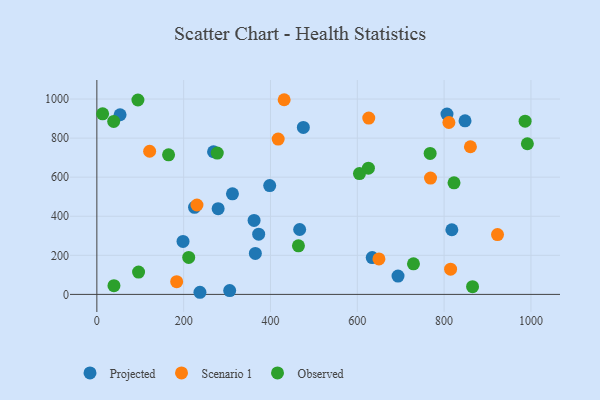
{"axis": {"x": "Study Hours", "y": "Sales"}, "legend": ["Observed", "Projected", "Scenario 1"], "data": [{"x": "237.5", "y": 10.9, "type": "Projected"}, {"x": "817.8", "y": 331.0, "type": "Projected"}, {"x": "372.8", "y": 308.3, "type": "Projected"}, {"x": "848.2", "y": 888.5, "type": "Projected"}, {"x": "198.5", "y": 271.0, "type": "Projected"}, {"x": "306.0", "y": 19.4, "type": "Projected"}, {"x": "225.0", "y": 445.5, "type": "Projected"}, {"x": "693.8", "y": 93.6, "type": "Projected"}, {"x": "806.6", "y": 922.8, "type": "Projected"}, {"x": "279.4", "y": 439.0, "type": "Projected"}, {"x": "634.4", "y": 188.7, "type": "Projected"}, {"x": "268.8", "y": 730.1, "type": "Projected"}, {"x": "53.5", "y": 919.5, "type": "Projected"}, {"x": "475.7", "y": 854.8, "type": "Projected"}, {"x": "362.2", "y": 378.5, "type": "Projected"}, {"x": "467.2", "y": 332.1, "type": "Projected"}, {"x": "398.2", "y": 557.0, "type": "Projected"}, {"x": "312.4", "y": 514.6, "type": "Projected"}, {"x": "365.1", "y": 209.6, "type": "Projected"}, {"x": "431.5", "y": 996.4, "type": "Scenario 1"}, {"x": "417.7", "y": 795.2, "type": "Scenario 1"}, {"x": "230.6", "y": 457.5, "type": "Scenario 1"}, {"x": "923.0", "y": 306.0, "type": "Scenario 1"}, {"x": "183.9", "y": 65.2, "type": "Scenario 1"}, {"x": "121.6", "y": 732.7, "type": "Scenario 1"}, {"x": "768.7", "y": 595.5, "type": "Scenario 1"}, {"x": "814.9", "y": 128.9, "type": "Scenario 1"}, {"x": "626.4", "y": 902.7, "type": "Scenario 1"}, {"x": "860.6", "y": 755.7, "type": "Scenario 1"}, {"x": "811.0", "y": 879.9, "type": "Scenario 1"}, {"x": "649.8", "y": 181.6, "type": "Scenario 1"}, {"x": "38.8", "y": 885.2, "type": "Observed"}, {"x": "986.6", "y": 886.4, "type": "Observed"}, {"x": "865.5", "y": 39.4, "type": "Observed"}, {"x": "625.6", "y": 646.0, "type": "Observed"}, {"x": "13.3", "y": 924.1, "type": "Observed"}, {"x": "605.0", "y": 618.2, "type": "Observed"}, {"x": "96.1", "y": 114.1, "type": "Observed"}, {"x": "729.4", "y": 156.7, "type": "Observed"}, {"x": "211.6", "y": 189.5, "type": "Observed"}, {"x": "165.2", "y": 714.3, "type": "Observed"}, {"x": "94.6", "y": 995.1, "type": "Observed"}, {"x": "39.4", "y": 44.7, "type": "Observed"}, {"x": "277.4", "y": 723.1, "type": "Observed"}, {"x": "822.8", "y": 571.0, "type": "Observed"}, {"x": "767.8", "y": 721.5, "type": "Observed"}, {"x": "991.8", "y": 771.1, "type": "Observed"}, {"x": "464.4", "y": 248.8, "type": "Observed"}]}